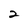
Character: 2